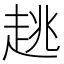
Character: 趒